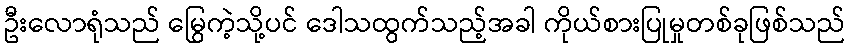
ဦးလောရုံသည် မြွေကဲ့သို့ပင် ဒေါသထွက်သည့်အခါ ကိုယ်စားပြုမှုတစ်ခုဖြစ်သည်